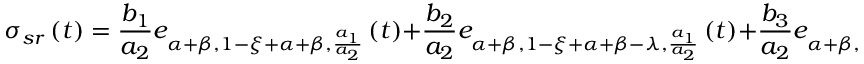
\sigma _ { s r } \left( t \right) = \frac { b _ { 1 } } { a _ { 2 } } e _ { \alpha + \beta , 1 - \xi + \alpha + \beta , \frac { a _ { 1 } } { a _ { 2 } } } \left( t \right) + \frac { b _ { 2 } } { a _ { 2 } } e _ { \alpha + \beta , 1 - \xi + \alpha + \beta - \lambda , \frac { a _ { 1 } } { a _ { 2 } } } \left( t \right) + \frac { b _ { 3 } } { a _ { 2 } } e _ { \alpha + \beta , 1 - \xi + \alpha + \beta - \kappa , \frac { a _ { 1 } } { a _ { 2 } } } \left( t \right) ,